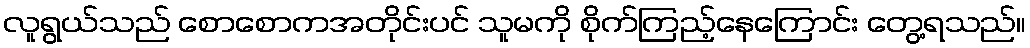
လူရွယ်သည် စောစောကအတိုင်းပင် သူမကို စိုက်ကြည့်နေကြောင်း တွေ့ရသည်။